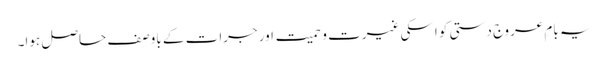
یہ بامِ عروج دستی کو اسکی غیرت و حمیت اور جرات کے باوصف حاصل ہوا۔